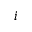
i